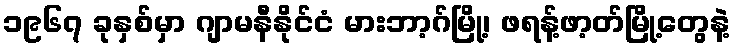
၁၉၆၇ ခုနှစ်မှာ ဂျာမနီနိုင်ငံ မားဘာ့ဂ်မြို့၊ ဖရန့်ဖာ့တ်မြို့တွေနဲ့